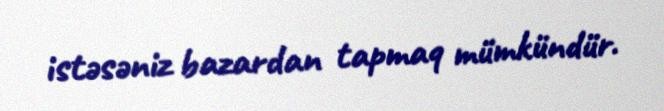
istəsəniz bazardan tapmaq mümkündür.